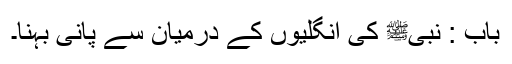
باب : نبیﷺ کی انگلیوں کے درمیان سے پانی بہنا۔